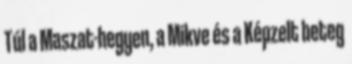
Túl a Maszat-hegyen, a Mikve és a Képzelt beteg